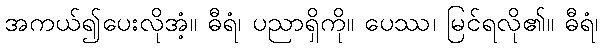
အကယ်၍ပေးလိုအံ့။ ဓီရံ၊ ပညာရှိကို။ ပေဿ၊ မြင်ရလို၏။ ဓီရံ၊